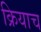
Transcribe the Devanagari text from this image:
क्रियाच